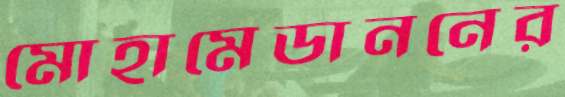
মোহামেডাননের